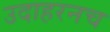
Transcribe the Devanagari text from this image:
उदाहरनच